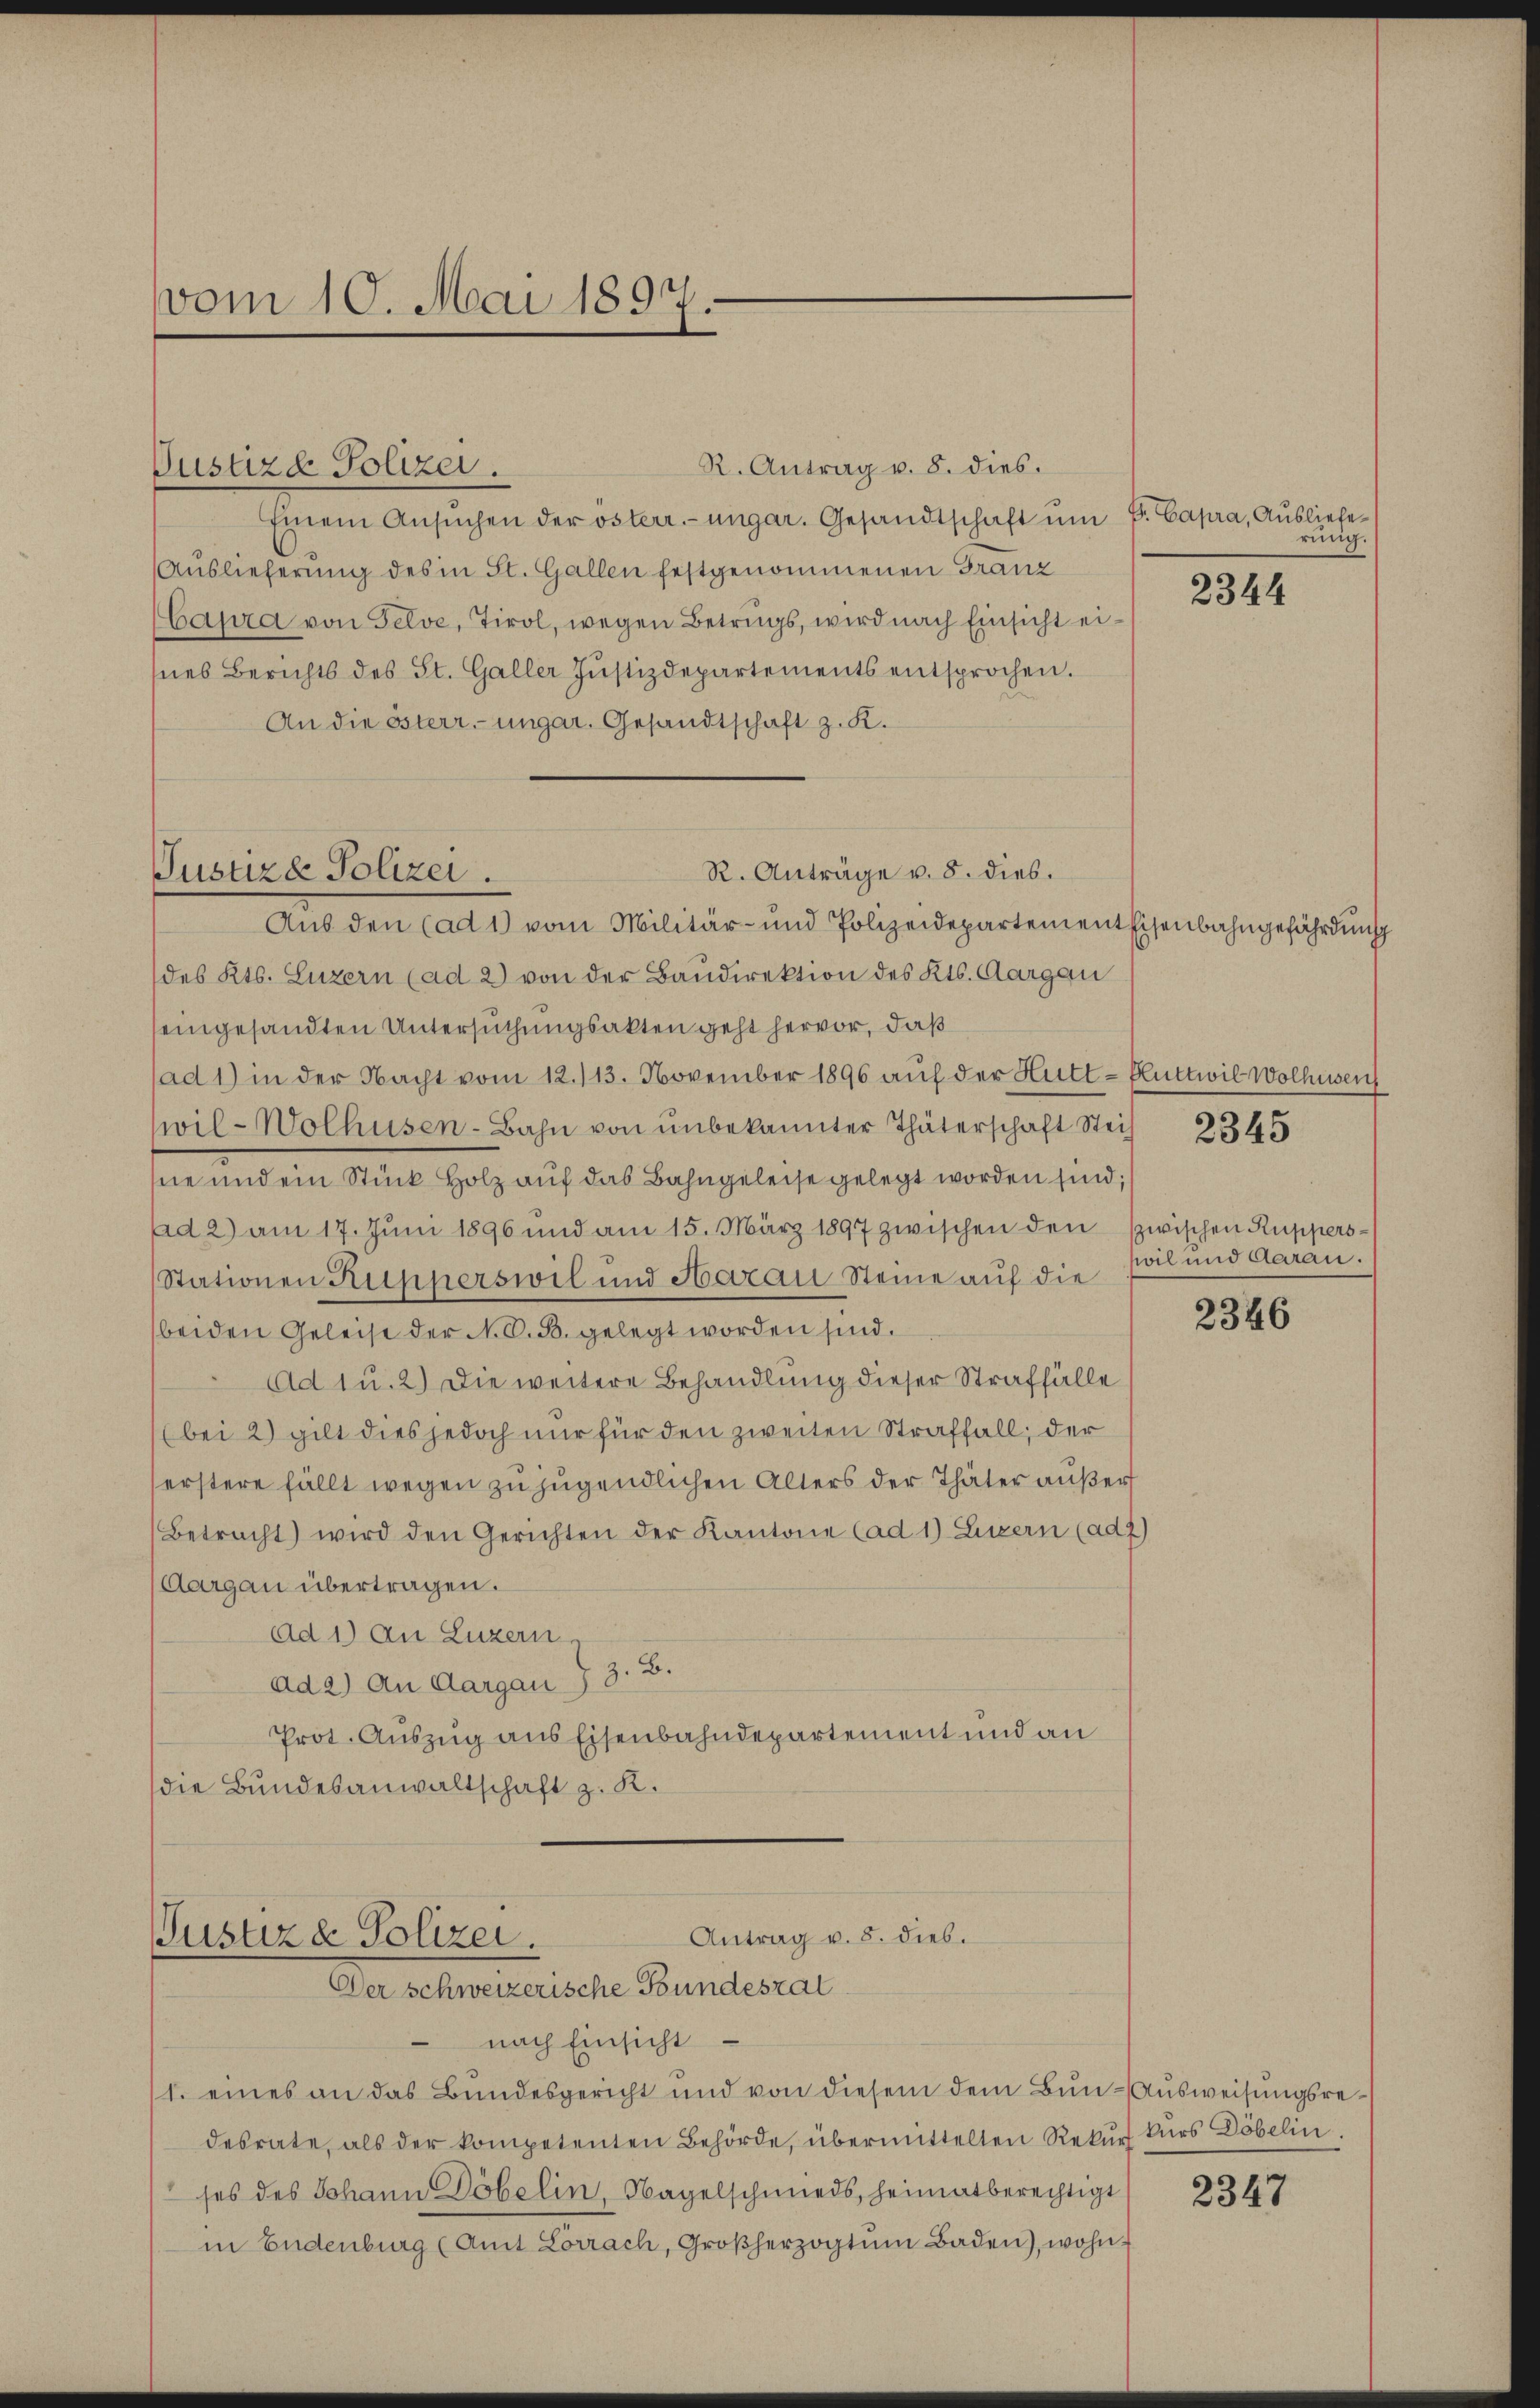
vom 10. Mai 1897.

R. Antrag u. 8. dies.
Justizd Polizei.
Einem Ansŭchen der österr.-ungar. Gesandtschaft ŭm P. Capra, Ausliefe¬
Auslieferung des in St. Gallen festgenommenen Franz
Caura von Felve, Tirol, wegen Betrugs, wird nach Einsicht eines Berichts des St. Galler Justizdepartements entsprochen.
An die österr. ungar. Gesandtschaft z. K.
R. Anträge v. 8. dies.
Aus den (ad 1) vom Militär- und Polizeidepartement Eisenbahngefährdung
des Kts. Luzern (ad 2) von der Bandirektion des Kts. Aargau
seingesandten Untersuchungsakten geht hervor, daß
(ad 1) in der Nacht vom 12. 113. November 1896 auf der Hutt - Bluttwil Wolhusen
wil- Wolhusen-Bahn von unbekannter Thäterschaft Steih
ne und ein Stück Holz aŭf das Bahngeleise gelegt worden sind;
Ad 2) am 17. Jŭni 1896 und am 15. März 1897 zwischen den zwischen Ruppers¬
Stationen Ripperswil und Aarau Steine auf die
beiden Geleise der N. O. B. gelegt worden sind.
Ad 1 u. 2) Die weitere Behandlung dieser Straffälle
(bei 2) gilt dies jedoch nur für den zweiten Straffall, der
erstere fällt wegen zu jugendlichen Alters der Thäter außer
Betracht) wird den Gerichten der Kantone (ad 1) Luzern (ad Z
Aargau übertragen.
ad 1.) An Luzern,
ad 2) An Aargau, 3. B.
Prot. Auszug aus Eisenbahndepartement und an
die Bundesanwaltschaft z. K.

Tusuze Polizei.

Antrag v. 8. dieb.
Pustiz & Polizei.
Der schweizerische Bundestal

ring.

nach Einsicht
1. eines an das Bundesgericht und von diesem dem Bun-Ausweisungsredesrate, als der kompetenten Behörde, übermittelten Rekurs kurs Döbelin
ses des Johann Döbelin, Nagelschmieds, heimatberechtigt
in Endenburg (Amt Lörrach, Großherzogtŭm Baden), wohn¬

2344

2345

wil und daran.

2346

2347